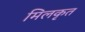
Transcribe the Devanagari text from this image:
मिलकृत